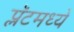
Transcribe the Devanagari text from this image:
प्लॅटमध्ये